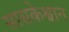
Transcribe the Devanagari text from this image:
सासकेश्वान